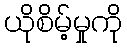
ယိုစိမ့်မှုကို